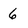
Character: 6